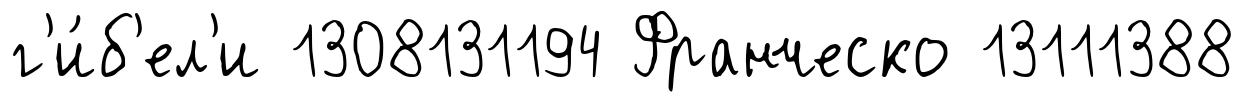
г'и́б'ел'и 1308131194 Франческо 13111388